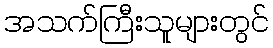
အသက်ကြီးသူများတွင်